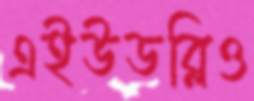
এইউডব্লিও